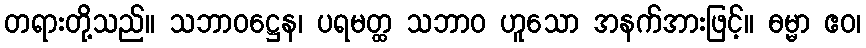
တရားတို့သည်။ သဘာဝဋ္ဌေန၊ ပရမတ္ထ သဘာဝ ဟူသော အနက်အားဖြင့်။ ဓမ္မာ ဧဝ၊